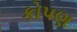
કોપણ